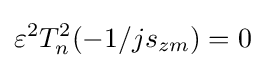
\varepsilon ^{2}T_{n}^{2}(-1/js_{zm})=0